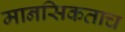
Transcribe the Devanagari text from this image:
मानसिकताच